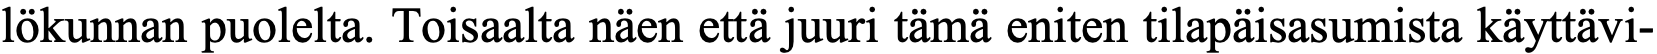
lökunnan puolelta. Toisaalta näen että juuri tämä eniten tilapäisasumista käyttävi-